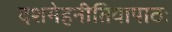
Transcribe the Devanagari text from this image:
दशमेहनीतिवापाठः